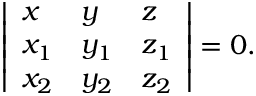
\left| { \begin{array} { l l l } { x } & { y } & { z } \\ { x _ { 1 } } & { y _ { 1 } } & { z _ { 1 } } \\ { x _ { 2 } } & { y _ { 2 } } & { z _ { 2 } } \end{array} } \right| = 0 .